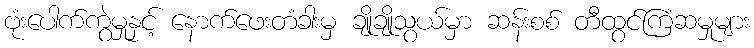
ဗုံးပေါက်ကွဲမှုနှင့် နောက်ဖေးတံခါးမှ ချိုချိုသွယ်မှာ ဆန်းစစ် တီထွင်ကြံဆမှုများ